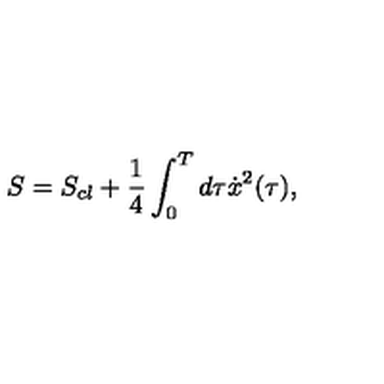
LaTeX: S = S _ { c l } + { \frac { 1 } { 4 } } \int _ { 0 } ^ { T } d \tau \dot { x } ^ { 2 } ( \tau ) ,